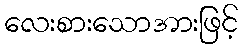
လေးစားသောအားဖြင့်